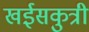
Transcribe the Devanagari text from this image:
खईसकुत्री